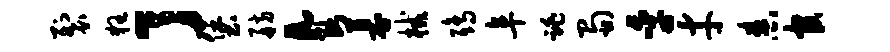
裂狂了堡舫a断募械鸱阜跳蜀季才舂官